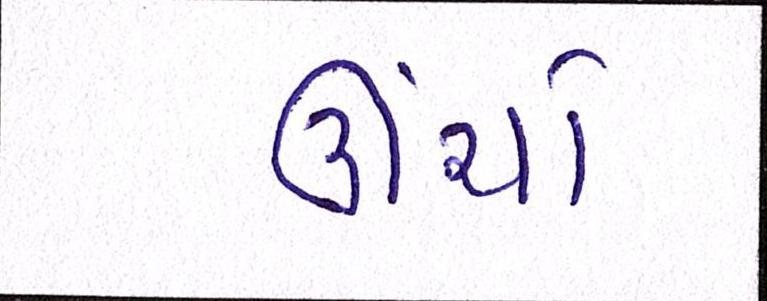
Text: ઊંચો